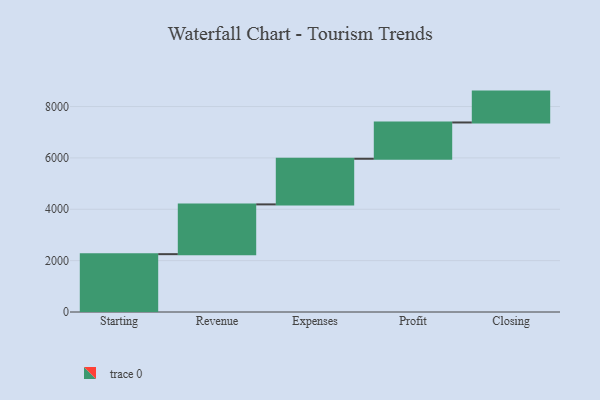
{"axis": {"x": "Step", "y": "Value"}, "legend": [""], "data": [{"x": "Starting", "y": 2252.0, "type": ""}, {"x": "Revenue", "y": 1938.0, "type": ""}, {"x": "Expenses", "y": 1777.0, "type": ""}, {"x": "Profit", "y": 1413.0, "type": ""}, {"x": "Closing", "y": 1202.0, "type": ""}]}